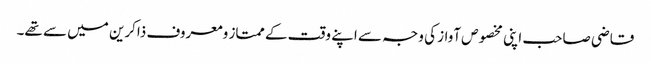
قاضی صاحب اپنی مخصوص آواز کی وجہ سے اپنے وقت کے ممتاز ومعروف ذاکرین میں سے تھے۔